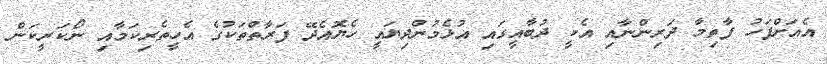
އެއަށްފަހު ފާތިމާ ދަރިންނާއި އެކީ ދުބާއީގައި އުޅެމުންދިޔައީ ހެޔޮއެދޭ ފަރާތްތަކުގެ އެހީތެރިކަމާއި ނޯކަރީކަން